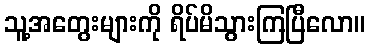
သူ့အတွေးများကို ရိပ်မိသွားကြပြီလော။